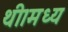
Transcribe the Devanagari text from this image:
थी।मध्य